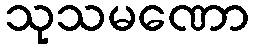
သုသမဏော